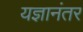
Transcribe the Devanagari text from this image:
यज्ञानंतर